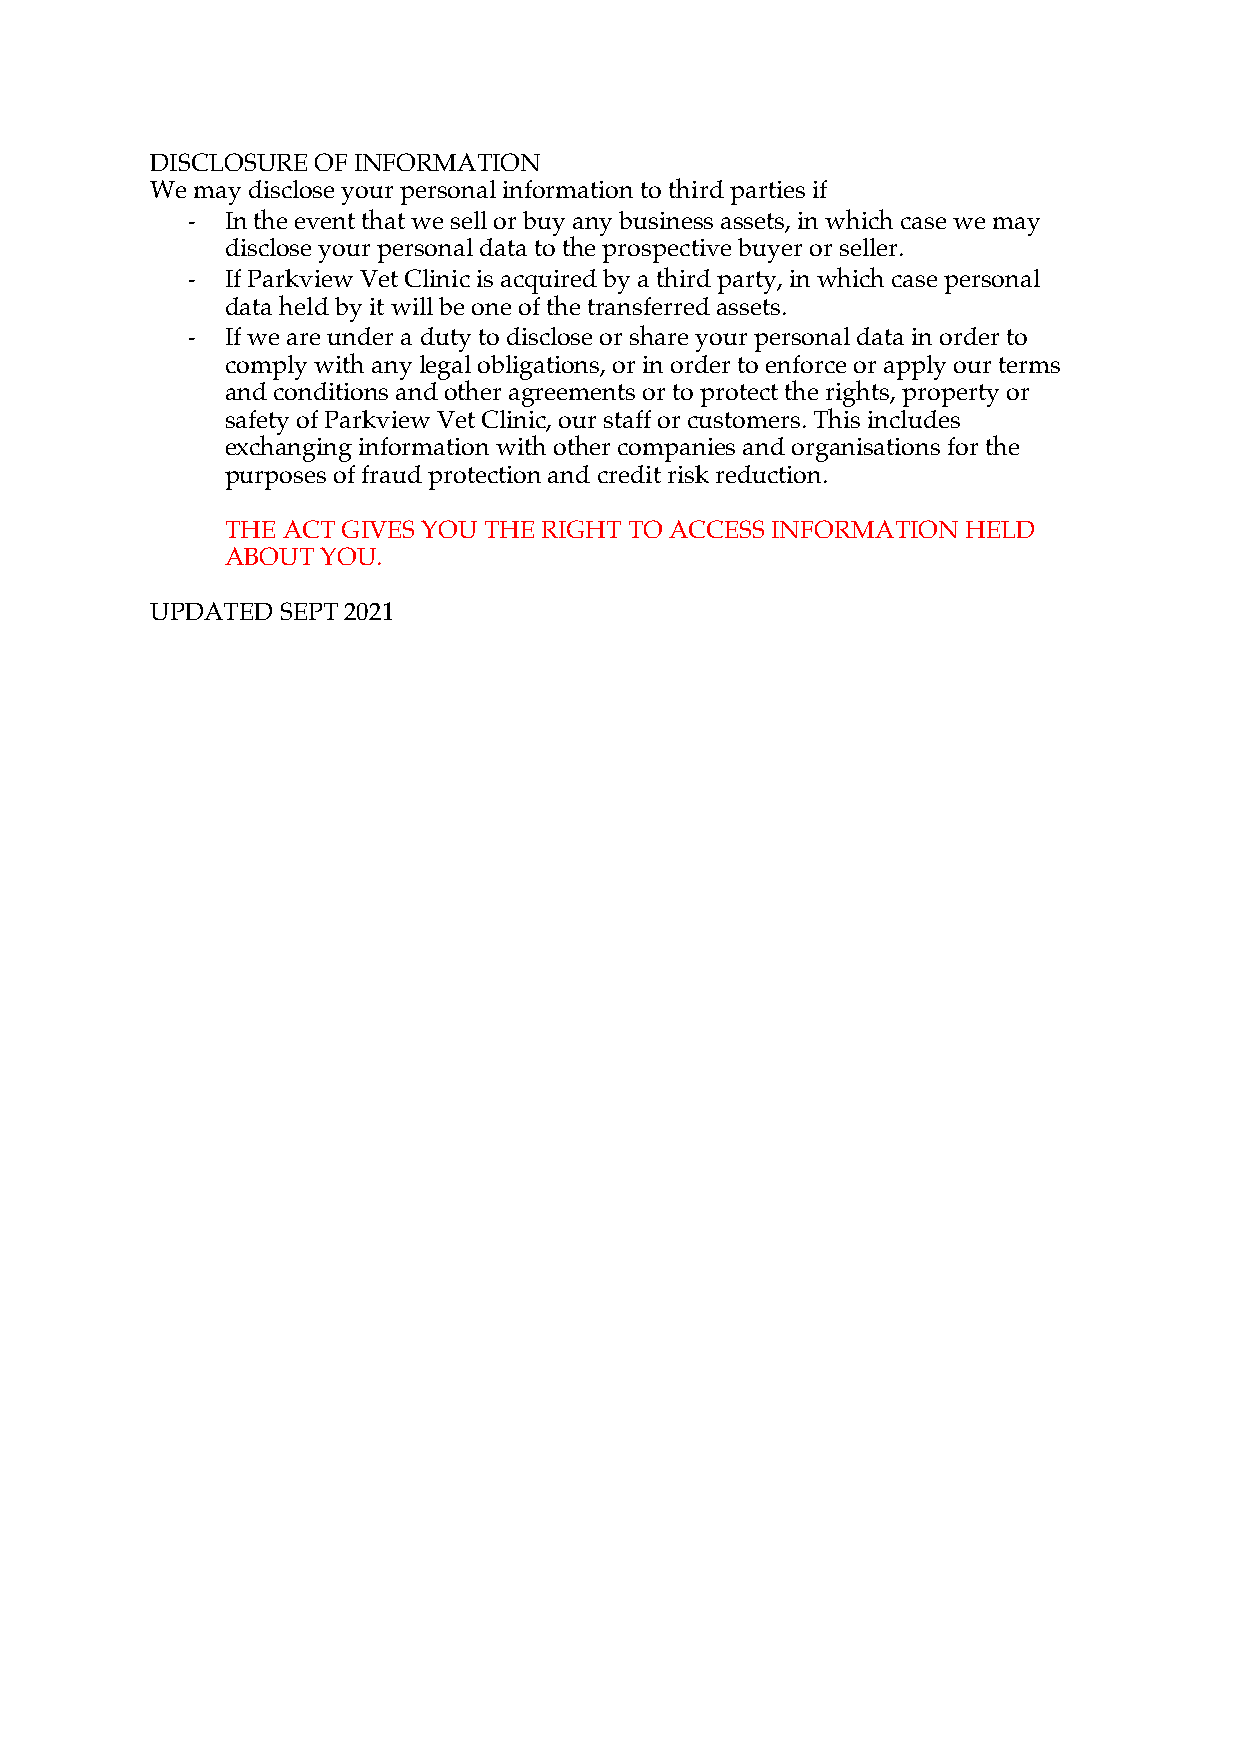
DISCLOSURE OF INFORMATION
 We may disclose your personal information to third parties if
 -  In the event that we sell or buy any business assets, in which case we may
 disclose your personal data to the prospective buyer or seller.
 -  If Parkview Vet Clinic is acquired by a third party, in which case personal
 data held by it will be one of the transferred assets.
 -  If we are under a duty to disclose or share your personal data in order to
 comply with any legal obligations, or in order to enforce or apply our terms
 and conditions and other agreements or to protect the rights, property or
 safety of Parkview Vet Clinic, our staff or customers. This includes
 exchanging information with other companies and organisations for the
 purposes of fraud protection and credit risk reduction.
 THE ACT GIVES YOU THE RIGHT TO ACCESS INFORMATION HELD
 ABOUT YOU.
 UPDATED  SEPT 2021